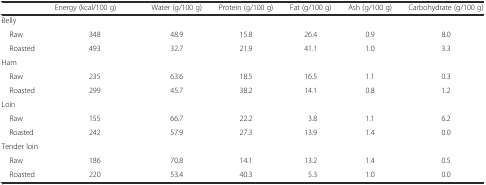
<table><thead><tr><td>[EMPTY_CELL]</td><td><b>Energy (kcal/100 g)</b></td><td><b>Water (g/100 g)</b></td><td><b>Protein (g/100 g)</b></td><td><b>Fat (g/100 g)</b></td><td><b>Ash (g/100 g)</b></td><td><b>Carbohydrate (g/100 g)</b></td></tr></thead><tbody><tr><td>Belly</td><td>[EMPTY_CELL]</td><td>[EMPTY_CELL]</td><td>[EMPTY_CELL]</td><td>[EMPTY_CELL]</td><td>[EMPTY_CELL]</td><td>[EMPTY_CELL]</td></tr><tr><td> Raw</td><td>348</td><td>48.9</td><td>15.8</td><td>26.4</td><td>0.9</td><td>8.0</td></tr><tr><td> Roasted</td><td>493</td><td>32.7</td><td>21.9</td><td>41.1</td><td>1.0</td><td>3.3</td></tr><tr><td>Ham</td><td>[EMPTY_CELL]</td><td>[EMPTY_CELL]</td><td>[EMPTY_CELL]</td><td>[EMPTY_CELL]</td><td>[EMPTY_CELL]</td><td>[EMPTY_CELL]</td></tr><tr><td> Raw</td><td>235</td><td>63.6</td><td>18.5</td><td>16.5</td><td>1.1</td><td>0.3</td></tr><tr><td> Roasted</td><td>299</td><td>45.7</td><td>38.2</td><td>14.1</td><td>0.8</td><td>1.2</td></tr><tr><td>Loin</td><td>[EMPTY_CELL]</td><td>[EMPTY_CELL]</td><td>[EMPTY_CELL]</td><td>[EMPTY_CELL]</td><td>[EMPTY_CELL]</td><td>[EMPTY_CELL]</td></tr><tr><td> Raw</td><td>155</td><td>66.7</td><td>22.2</td><td>3.8</td><td>1.1</td><td>6.2</td></tr><tr><td> Roasted</td><td>242</td><td>57.9</td><td>27.3</td><td>13.9</td><td>1.4</td><td>0.0</td></tr><tr><td>Tender loin</td><td>[EMPTY_CELL]</td><td>[EMPTY_CELL]</td><td>[EMPTY_CELL]</td><td>[EMPTY_CELL]</td><td>[EMPTY_CELL]</td><td>[EMPTY_CELL]</td></tr><tr><td> Raw</td><td>186</td><td>70.8</td><td>14.1</td><td>13.2</td><td>1.4</td><td>0.5</td></tr><tr><td> Roasted</td><td>220</td><td>53.4</td><td>40.3</td><td>5.3</td><td>1.0</td><td>0.0</td></tr></tbody></table>